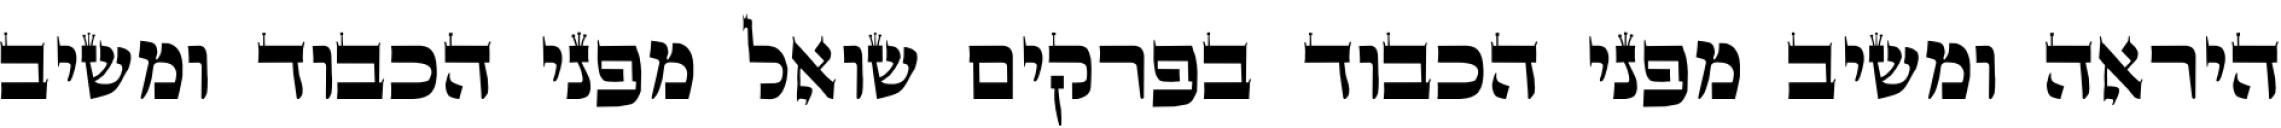
היראה ומשיב מפני הכבוד בפרקים שואל מפני הכבוד ומשיב